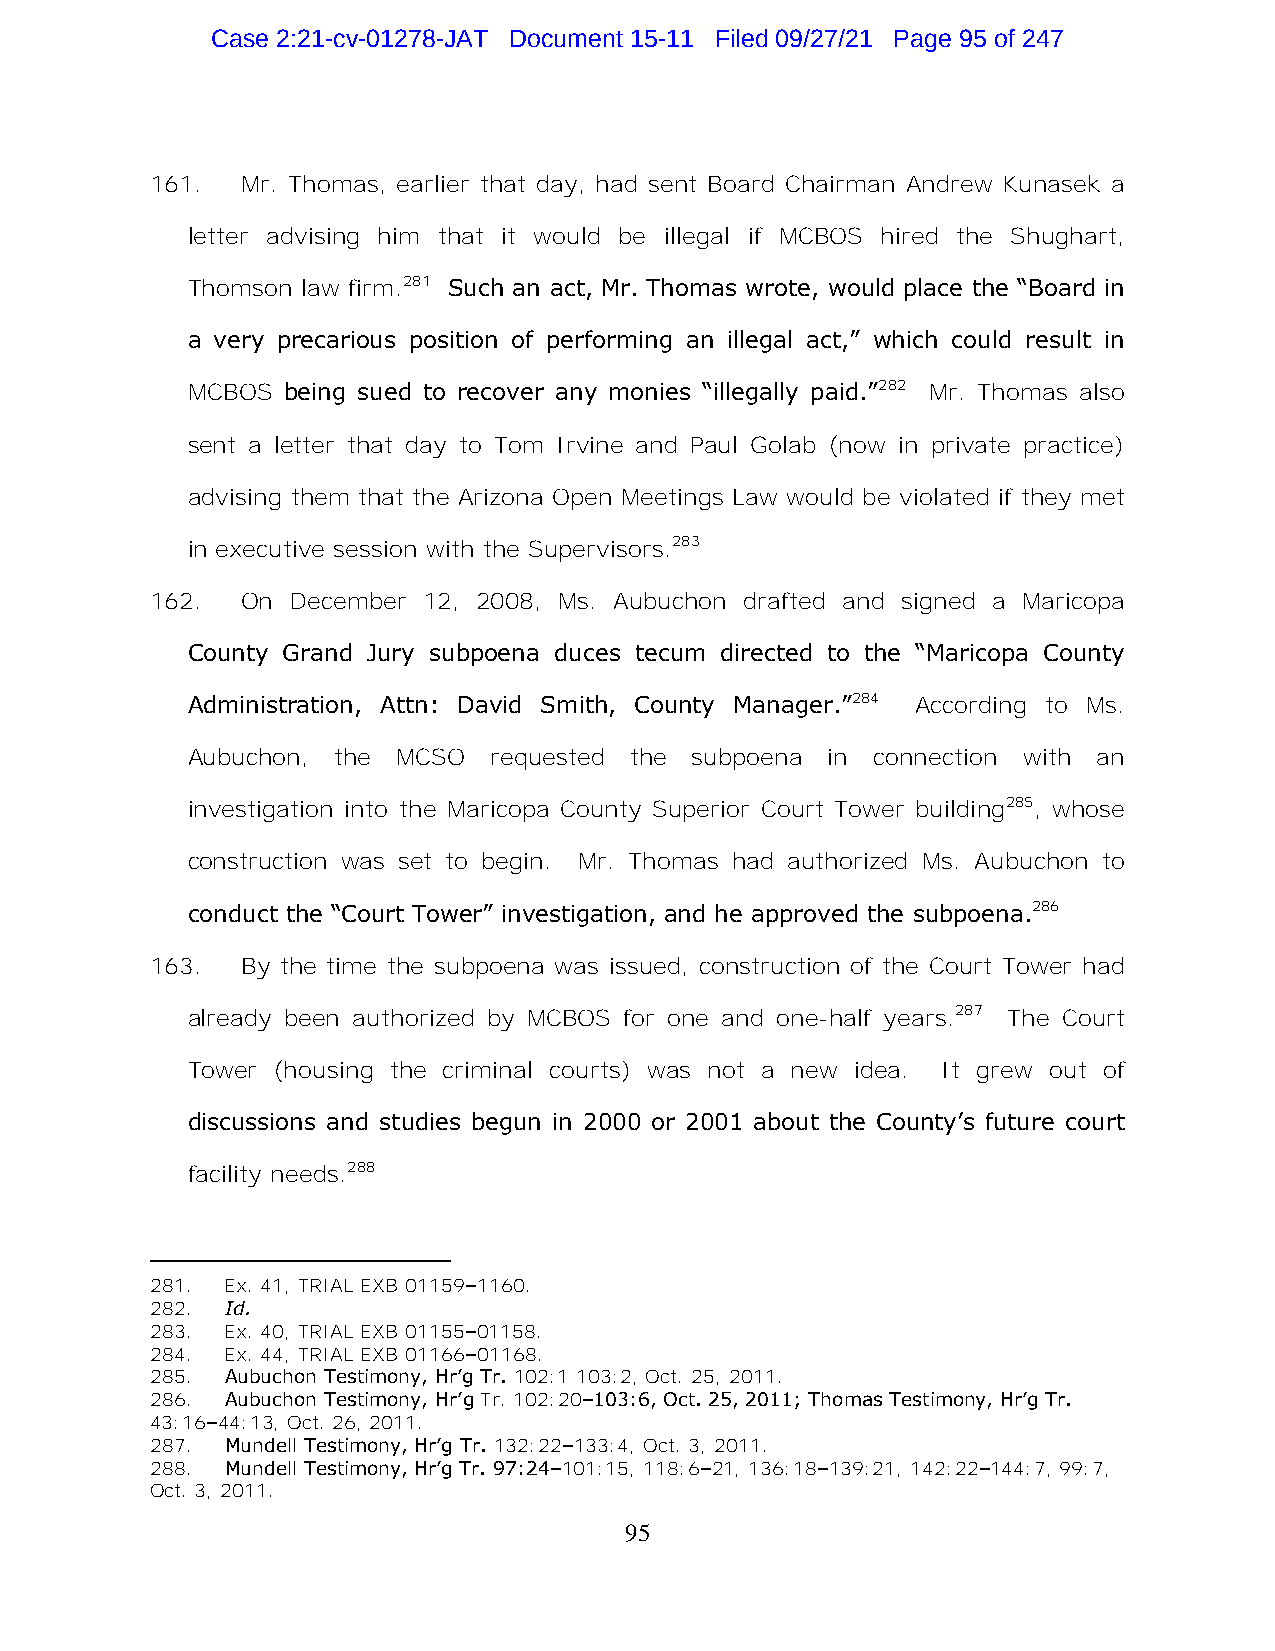
Case 2:21-cv-01278-JAT Document 15-11 Filed 09/27/21 Page 95 of 247
 161.  Mr. Thomas, earlier that day, had sent Board Chairman Andrew Kunasek a
 letter advising him that it would be illegal if MCBOS hired the Shughart,
 Thomson law firm.281 Such an act, Mr. Thomas wrote, would place the “Board in
 a very precarious position of performing an illegal act,” which could result in
 MCBOS  being sued to recover any monies “illegally paid.”282 Mr. Thomas also
 sent a letter that day to Tom Irvine and Paul Golab (now in private practice)
 advising them that the Arizona Open Meetings Law would be violated if they met
 in executive session with the Supervisors.283
 162.  On December 12, 2008, Ms. Aubuchon drafted and signed a Maricopa
 County Grand Jury subpoena duces tecum directed to the “Maricopa County
 Administration, Attn: David Smith, County Manager.”284 According to Ms.
 Aubuchon, the MCSO  requested the subpoena in connection with an
 investigation into the Maricopa County Superior Court Tower building285, whose
 construction was set to begin. Mr. Thomas had authorized Ms. Aubuchon to
 conduct the “Court Tower” investigation, and he approved the subpoena.286
 163.  By the time the subpoena was issued, construction of the Court Tower had
 already been authorized by MCBOS for one and one-half years.287 The Court
 Tower (housing the criminal courts) was not a new idea. It grew out of
 discussions and studies begun in 2000 or 2001 about the County’s future court
 facility needs.288
 281. Ex. 41, TRIAL EXB 01159–1160.
 282. Id.
 283. Ex. 40, TRIAL EXB 01155–01158.
 284. Ex. 44, TRIAL EXB 01166–01168.
 285. Aubuchon Testimony, Hr’g Tr. 102:1 103:2, Oct. 25, 2011.
 286. Aubuchon Testimony, Hr’g Tr. 102:20–103:6, Oct. 25, 2011; Thomas Testimony, Hr’g Tr.
 43:16–44:13, Oct. 26, 2011.
 287. Mundell Testimony, Hr’g Tr. 132:22–133:4, Oct. 3, 2011.
 288. Mundell Testimony, Hr’g Tr. 97:24–101:15, 118:6–21, 136:18–139:21, 142:22–144:7, 99:7,
 Oct. 3, 2011.
 95